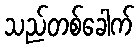
သည်တစ်ခေါက်